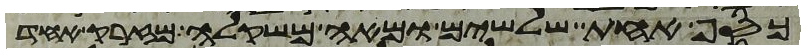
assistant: כסף אחת שלשים ומאה משקלה מזרק אחד